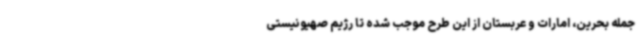
جمله بحرین، امارات و عربستان از این طرح موجب شده تا رژیم صهیونیستی